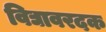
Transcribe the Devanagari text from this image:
विद्यावरदक